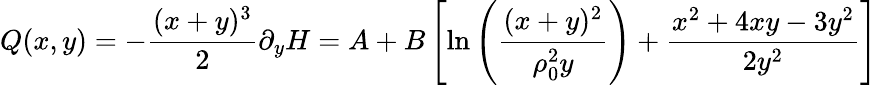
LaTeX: Q(x,y)=-{\frac{(x+y)^{3}}{2}}\partial_{y}H=A+B\left[\mathrm{ln}\left({\frac{(x+y)^{2}}{\rho_{0}^{2}y}}\right)+{\frac{x^{2}+4xy-3y^{2}}{2y^{2}}}\right]